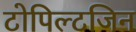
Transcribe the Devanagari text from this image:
टोपिल्टजिन